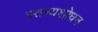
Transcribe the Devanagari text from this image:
स्तन्यशोधन